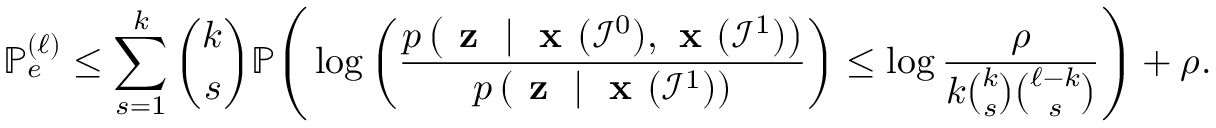
\mathbb { P } _ { e } ^ { ( \ell ) } \leq \sum _ { s = 1 } ^ { k } { \binom { k } { s } } \mathbb { P } \Bigg ( \log \left( \frac { p \left( \textbf { z } \mid \textbf { x } ( \mathcal { I } ^ { 0 } ) , \textbf { x } ( \mathcal { I } ^ { 1 } ) \right) } { p \left( \textbf { z } \mid \textbf { x } ( \mathcal { I } ^ { 1 } ) \right) } \right) \leq \log \frac { \rho } { k { \binom { k } { s } } { \binom { \ell - k } { s } } } \Bigg ) + \rho .